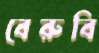
বেরুবি